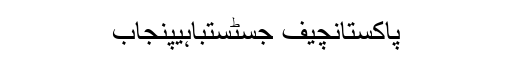
پاکستانچیف جسٹستباہیپنجاب